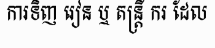
ការទិញ រៀន ឬ តន្ត្រី ករ ដែល